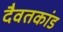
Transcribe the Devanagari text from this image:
दैवतकांड